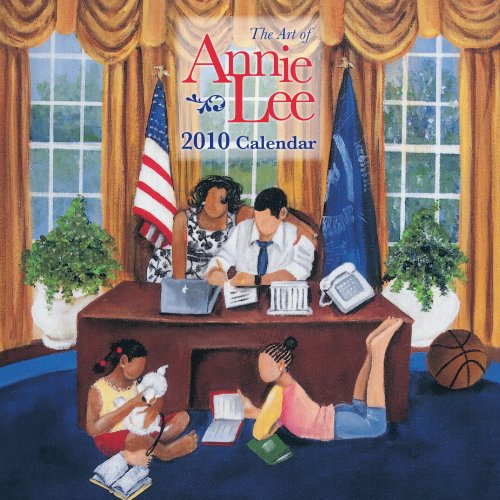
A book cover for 2010 Art of Annie Lee Wall Calendar; Shades of Color; Calendars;